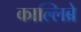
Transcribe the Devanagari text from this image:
काल्लिब्रे